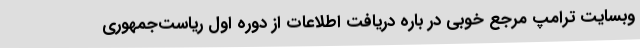
وبسایت ترامپ مرجع خوبی در باره دریافت اطلاعات از دوره اول ریاست‌جمهوری